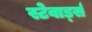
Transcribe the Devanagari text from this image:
स्टेवार्ड्स